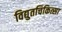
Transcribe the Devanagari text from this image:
विद्युतचिकित्सा